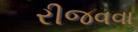
રીજવવા